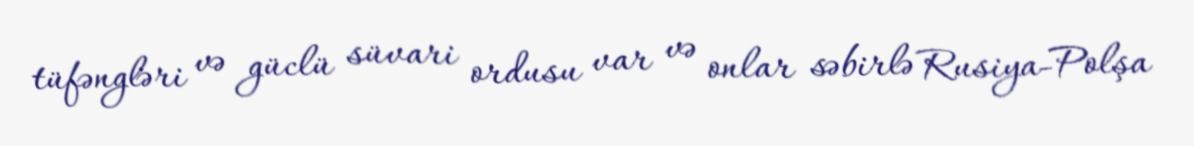
tüfəngləri və güclü süvari ordusu var və onlar səbirlə Rusiya-Polşa